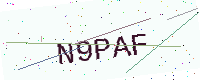
Text: N9PAF